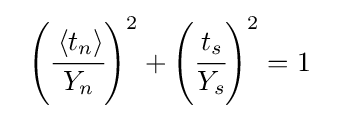
{\begin{array}{lcl}\left({\cfrac {\left\langle {t}_{n}\right\rangle }{{Y}_{n}}}\right)^{2}+\left({\cfrac {{t}_{s}}{{Y}_{s}}}\right)^{2}=1\end{array}}